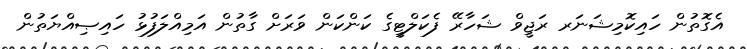
އެގޮތުން ހައިކޮމިޝަނަރ ރަޖީވް ޝަހާރޭ ފެކަލްޓީގެ ކަންކަން ވަރަށް ގާތުން އަމިއްލަފުޅު ހައިޞިއްޔަތުން